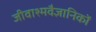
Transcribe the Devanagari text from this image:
जीवाश्मवैज्ञानिकों